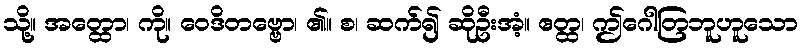
သို့။ အတ္ထော၊ ကို။ ဝေဒိတဗ္ဗော၊ ၏။ စ၊ ဆက်၍ ဆိုဦးအံ့။ ဧတ္ထ၊ ဤဂေါတြဘူဟူသော